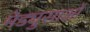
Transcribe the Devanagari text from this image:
मेड्युसाओं